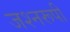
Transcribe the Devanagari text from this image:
जश्नरूपी